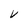
Character: V